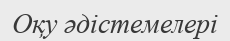
Оқу әдістемелері